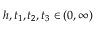
h , t _ { 1 } , t _ { 2 } , t _ { 3 } \in ( 0 , \infty )